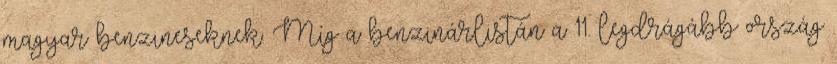
magyar benzineseknek. Míg a benzinárlistán a 11. legdrágább ország